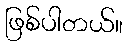
ဖြစ်ပါတယ်။